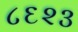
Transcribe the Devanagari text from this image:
८६२३